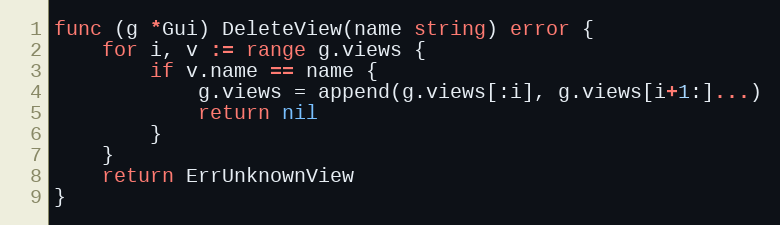
Language: Go
func (g *Gui) DeleteView(name string) error {
	for i, v := range g.views {
		if v.name == name {
			g.views = append(g.views[:i], g.views[i+1:]...)
			return nil
		}
	}
	return ErrUnknownView
}